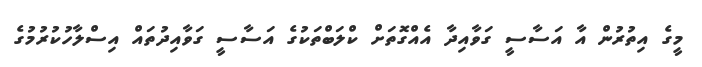
މީގެ އިތުރުން އާ އަސާސީ ގަވާއިދާ އެއްގޮތަށް ކްލަބްތަކުގެ އަސާސީ ގަވާއިދުތައް އިސްލާހުކުރުމުގެ